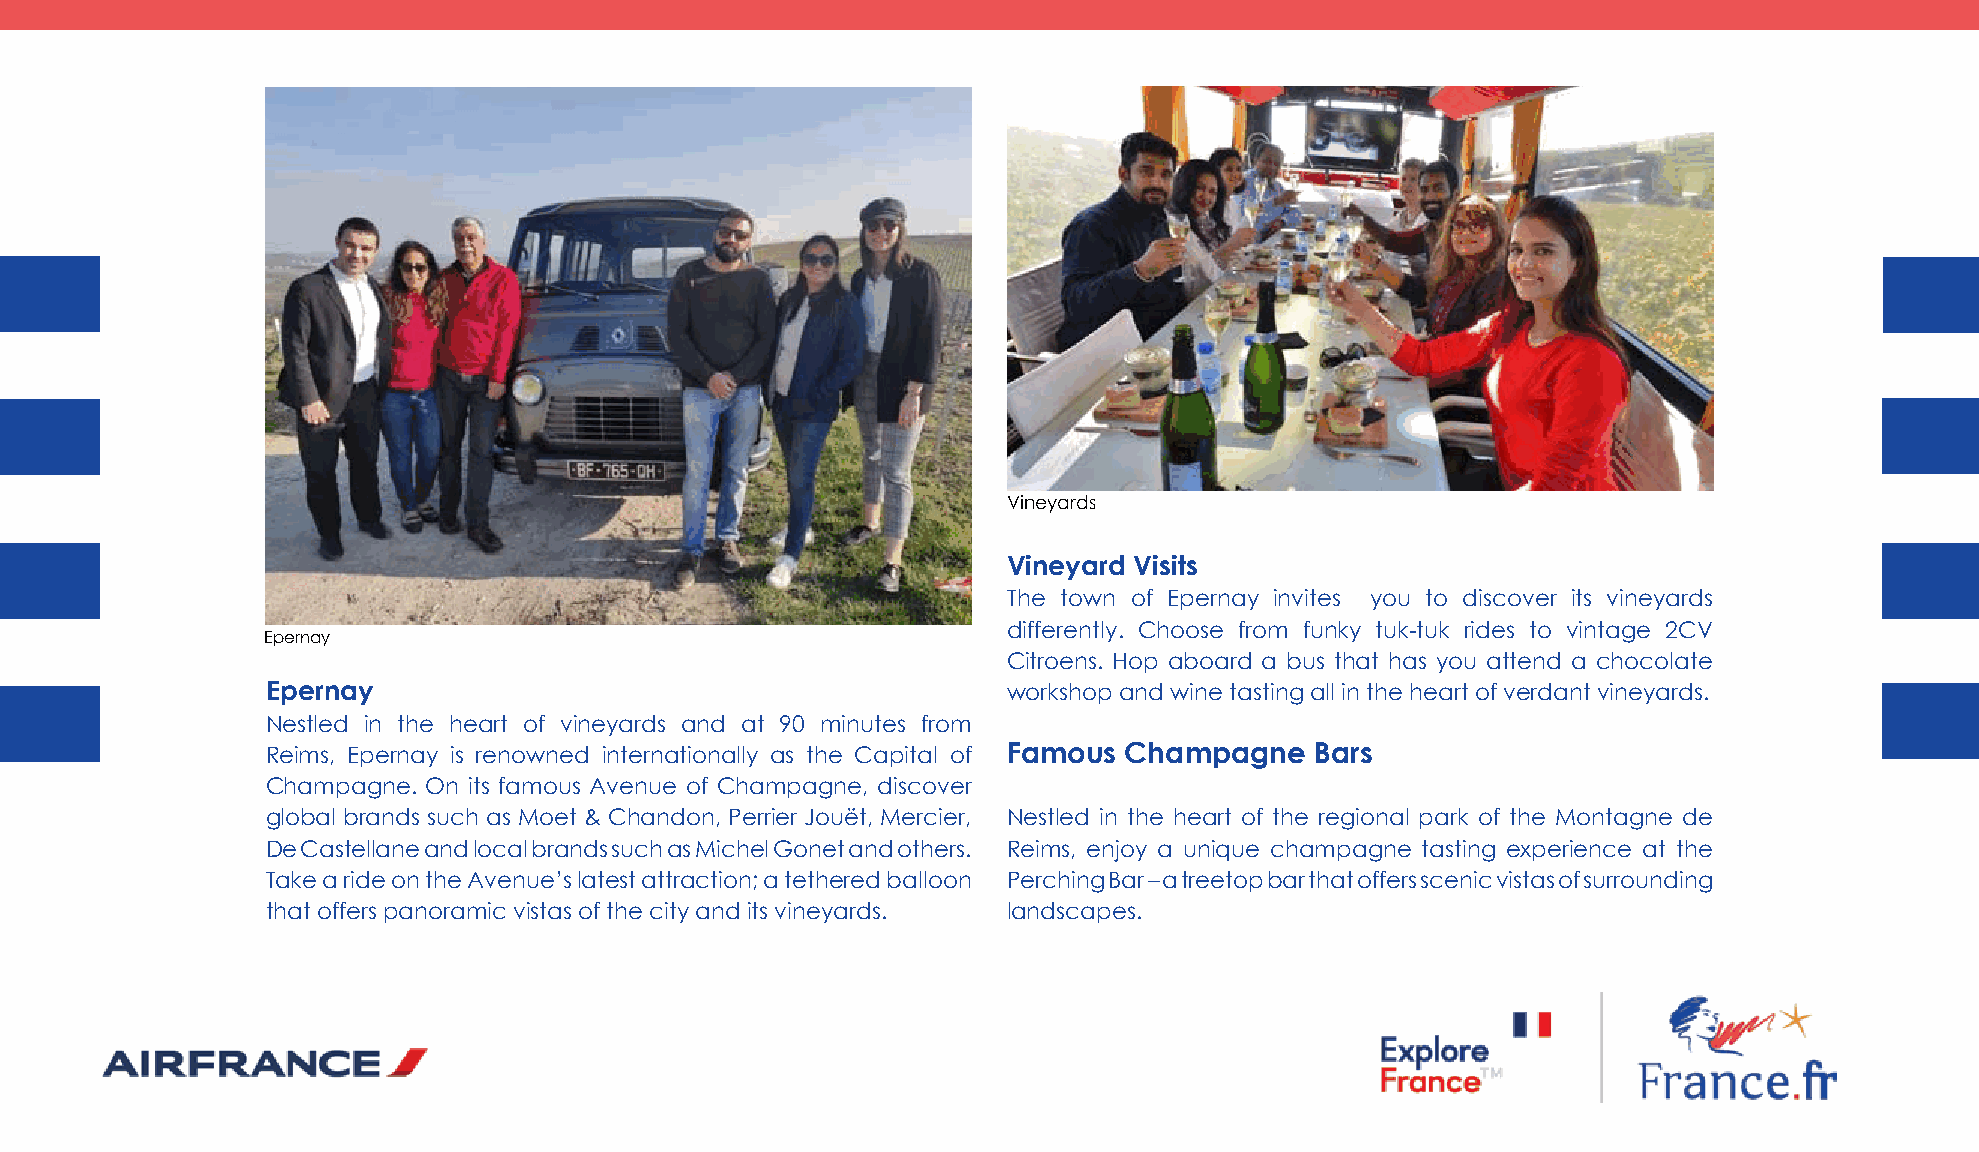
Paragliding
 Vineyards
 Vineyard Visits
 The town of Epernay invites you to discover its vineyards
 differently. Choose from funky tuk-tuk rides to vintage 2CV
 Epernay
 Citroens. Hop aboard a bus that has you attend a chocolate
 epernay                                          workshop and wine tasting all in the heart of verdant vineyards.
 Nestled in the heart of vineyards and at 90 minutes from
 Reims, Epernay is renowned internationally as the Capital of Famous Champagne Bars
 Champagne. On its famous Avenue of Champagne, discover
 global brands such as Moet & Chandon, Perrier Jouët, Mercier, Nestled in the heart of the regional park of the Montagne de
 De Castellane and local brands such as Michel Gonet and others. Reims, enjoy a unique champagne tasting experience at the
 Take a ride on the Avenue’s latest attraction; a tethered balloon Perching Bar – a treetop bar that offers scenic vistas of surrounding
 that offers panoramic vistas of the city and its vineyards. landscapes.